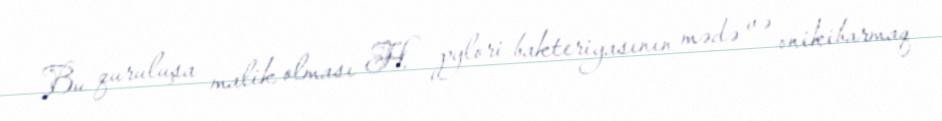
Bu quruluşa malik olması H. pylori bakteriyasının mədə və onikibarmaq